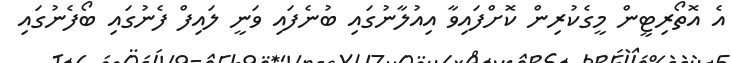
އެ އޮތޯރިޓީން މީގެކުރިން ކޮށްފައިވާ އިއުލާނުގައި ބުނެފައި ވަނީ ލައިފް ފެނުގައި ބޯފެނުގައި